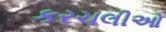
કરચલીઓ